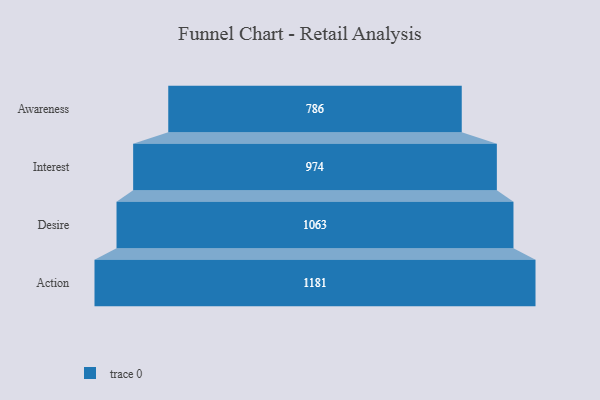
{"axis": {"x": "Stage", "y": "Value"}, "legend": [""], "data": [{"x": "Awareness", "y": 786.0, "type": ""}, {"x": "Interest", "y": 974.0, "type": ""}, {"x": "Desire", "y": 1063.0, "type": ""}, {"x": "Action", "y": 1181.0, "type": ""}]}